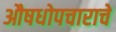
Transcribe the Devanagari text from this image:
औषधोपचाराचे